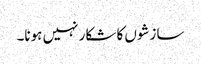
سازشوں کا شکار نہیں ہونا۔